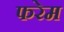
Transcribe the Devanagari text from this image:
फरेम